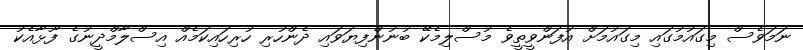
ނަމަވެސް މިގައުމުގައި މިގައުމަށް އުފަންވީތީވެ މުސްލިމެކޭ ބުނުންފިޔަވައި ދެންހުރި ހުރިހައިކަމެއް އިސްލާމްދީނުގެ ފޫޅާއެކު